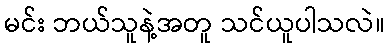
မင်း ဘယ်သူနဲ့အတူ သင်ယူပါသလဲ။